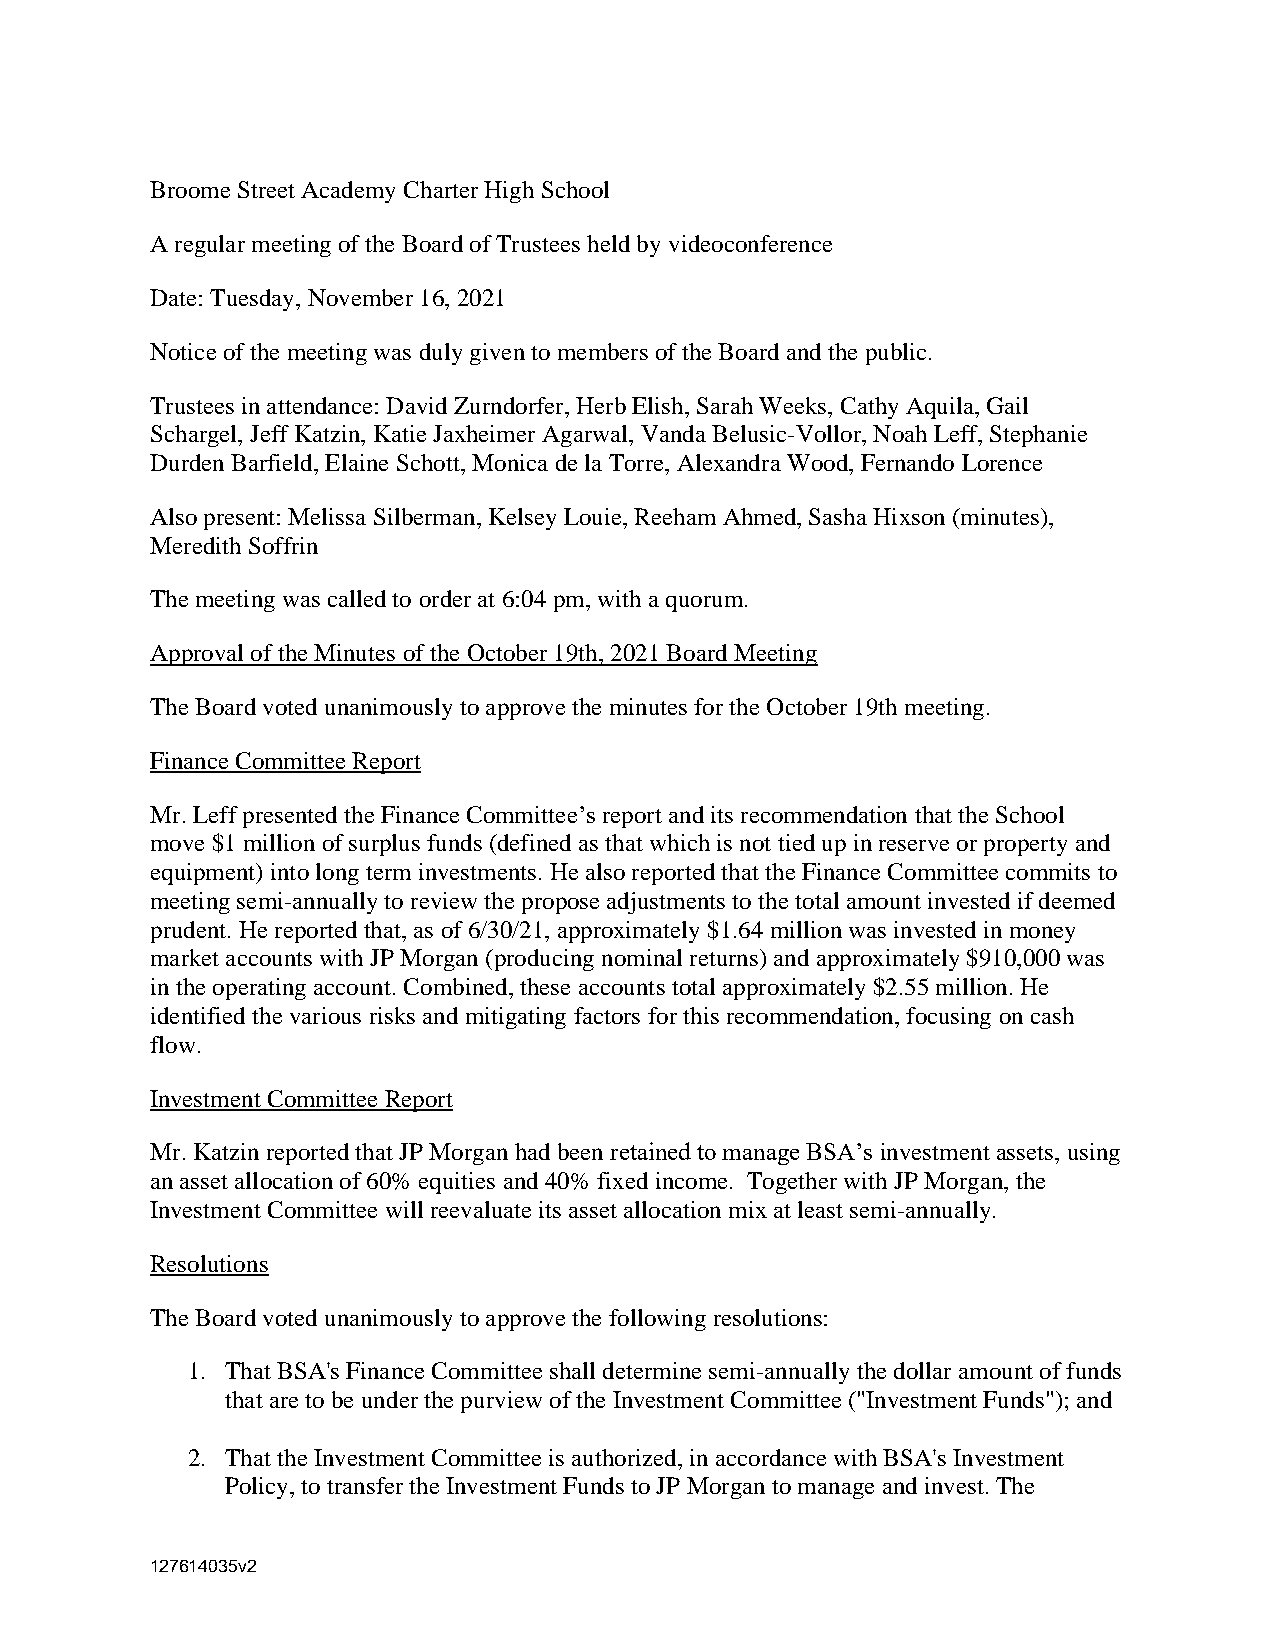
Broome Street Academy Charter High School
 A regular meeting of the Board of Trustees held by videoconference
 Date: Tuesday, November 16, 2021
 Notice of the meeting was duly given to members of the Board and the public.
 Trustees in attendance: David Zurndorfer, Herb Elish, Sarah Weeks, Cathy Aquila, Gail
 Schargel, Jeff Katzin, Katie Jaxheimer Agarwal, Vanda Belusic-Vollor, Noah Leff, Stephanie
 Durden Barfield, Elaine Schott, Monica de la Torre, Alexandra Wood, Fernando Lorence
 Also present: Melissa Silberman, Kelsey Louie, Reeham Ahmed, Sasha Hixson (minutes),
 Meredith Soffrin
 The meeting was called to order at 6:04 pm, with a quorum.
 Approval of the Minutes of the October 19th, 2021 Board Meeting
 The Board voted unanimously to approve the minutes for the October 19th meeting.
 Finance Committee Report
 Mr. Leff presented the Finance Committee’s report and its recommendation that the School
 move $1 million of surplus funds (defined as that which is not tied up in reserve or property and
 equipment) into long term investments. He also reported that the Finance Committee commits to
 meeting semi-annually to review the propose adjustments to the total amount invested if deemed
 prudent. He reported that, as of 6/30/21, approximately $1.64 million was invested in money
 market accounts with JP Morgan (producing nominal returns) and approximately $910,000 was
 in the operating account. Combined, these accounts total approximately $2.55 million. He
 identified the various risks and mitigating factors for this recommendation, focusing on cash
 flow.
 Investment Committee Report
 Mr. Katzin reported that JP Morgan had been retained to manage BSA’s investment assets, using
 an asset allocation of 60% equities and 40% fixed income. Together with JP Morgan, the
 Investment Committee will reevaluate its asset allocation mix at least semi-annually.
 Resolutions
 The Board voted unanimously to approve the following resolutions:
 1. That BSA's Finance Committee shall determine semi-annually the dollar amount of funds
 that are to be under the purview of the Investment Committee ("Investment Funds"); and
 2. That the Investment Committee is authorized, in accordance with BSA's Investment
 Policy, to transfer the Investment Funds to JP Morgan to manage and invest. The
 127614035v2